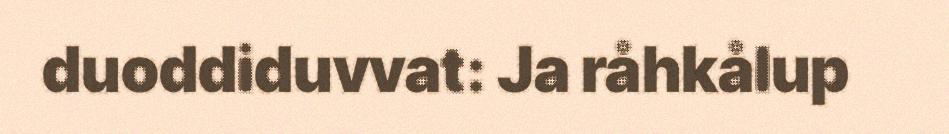
duoddiduvvat: Ja råhkålup